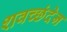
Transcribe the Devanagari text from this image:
शवच्छंदेन